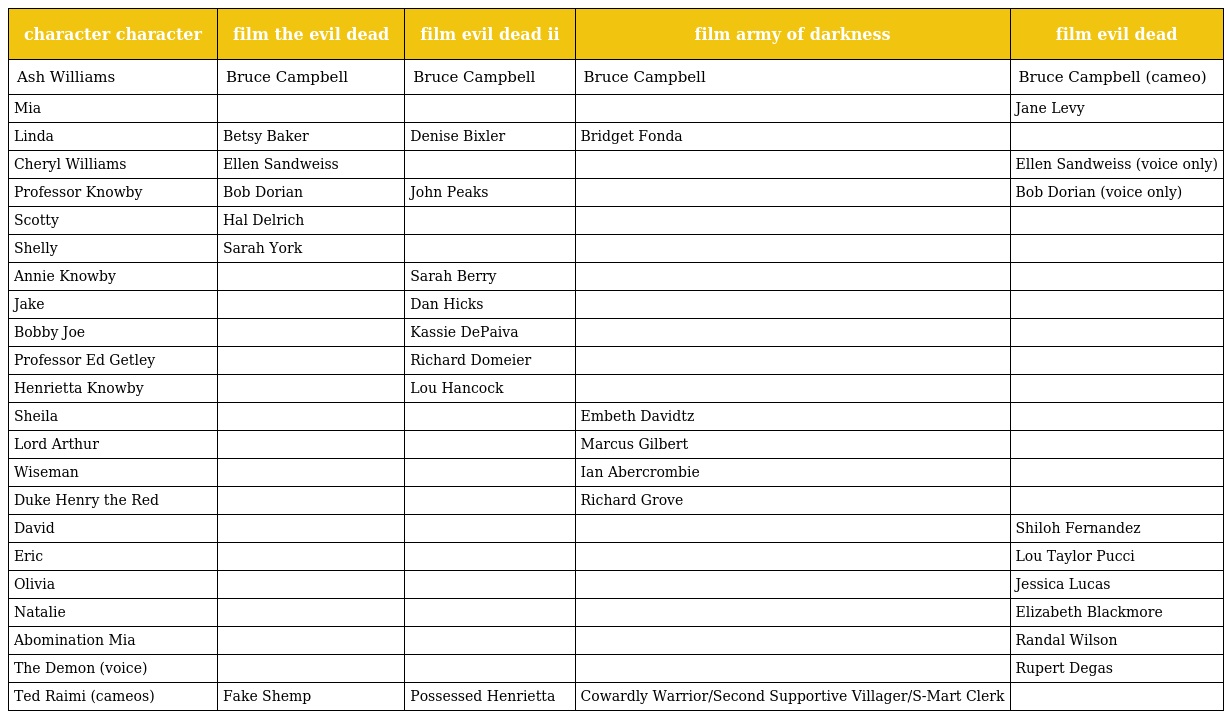
| character character | film the evil dead | film evil dead ii | film army of darkness | film evil dead |
 | --- | --- | --- | --- | --- |
 | Ash Williams | Bruce Campbell | Bruce Campbell | Bruce Campbell | Bruce Campbell (cameo) |
 | Mia |  |  |  | Jane Levy |
 | Linda | Betsy Baker | Denise Bixler | Bridget Fonda |  |
 | Cheryl Williams | Ellen Sandweiss |  |  | Ellen Sandweiss (voice only) |
 | Professor Knowby | Bob Dorian | John Peaks |  | Bob Dorian (voice only) |
 | Scotty | Hal Delrich |  |  |  |
 | Shelly | Sarah York |  |  |  |
 | Annie Knowby |  | Sarah Berry |  |  |
 | Jake |  | Dan Hicks |  |  |
 | Bobby Joe |  | Kassie DePaiva |  |  |
 | Professor Ed Getley |  | Richard Domeier |  |  |
 | Henrietta Knowby |  | Lou Hancock |  |  |
 | Sheila |  |  | Embeth Davidtz |  |
 | Lord Arthur |  |  | Marcus Gilbert |  |
 | Wiseman |  |  | Ian Abercrombie |  |
 | Duke Henry the Red |  |  | Richard Grove |  |
 | David |  |  |  | Shiloh Fernandez |
 | Eric |  |  |  | Lou Taylor Pucci |
 | Olivia |  |  |  | Jessica Lucas |
 | Natalie |  |  |  | Elizabeth Blackmore |
 | Abomination Mia |  |  |  | Randal Wilson |
 | The Demon (voice) |  |  |  | Rupert Degas |
 | Ted Raimi (cameos) | Fake Shemp | Possessed Henrietta | Cowardly Warrior/Second Supportive Villager/S-Mart Clerk |  |